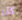
كل